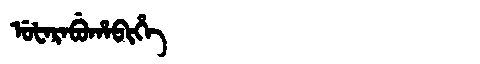
Manchu: ᡠᡶᠠᡵᠠᠪᡠᡥᠠᠪᡳᡥᡝ
Romanization: UFARABUHABIHE